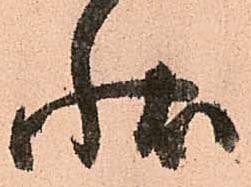
状